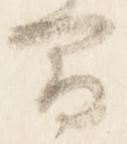
間